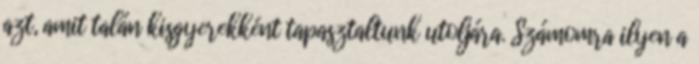
azt, amit talán kisgyerekként tapasztaltunk utoljára. Számomra ilyen a